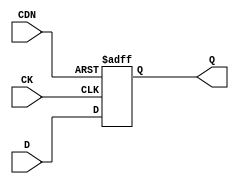
// This program was cloned from: https://github.com/intel/aib-phy-hardware
// License: Apache License 2.0

// SPDX-License-Identifier: Apache-2.0
// Copyright (C) 2019 Intel Corporation. All rights reserved
module aibcr3_ulvt16_dffcdn_cust ( 
	input wire CK,
	input wire CDN,
	input wire D,
	output reg Q
);

always@(posedge CK or negedge CDN) begin
	if (!CDN) begin
		Q <= 1'b0;
	end
	else begin
		Q <= D;
	end
end
endmodule